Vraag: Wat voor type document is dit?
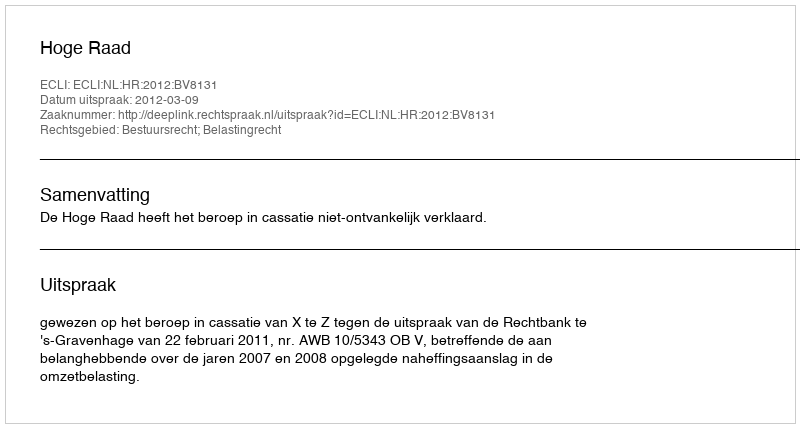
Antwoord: Uitspraak